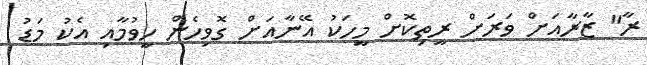
ރާ" ޒާރާއަށް ވަރަށް ރީތިކޮށް މީހަކު އޭނާއަށް ގޮވިހެން ހީވުމާއި އެކު މަޑު